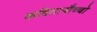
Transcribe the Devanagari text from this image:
कवितागौच्चो